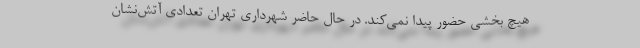
هیچ بخشی حضور پیدا نمی‌کند. در حال حاضر شهرداری تهران تعدادی آتش‌نشان